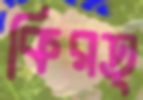
কিরত্